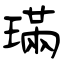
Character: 璊